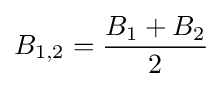
B_{1,2}={\frac {B_{1}+B_{2}}{2}}